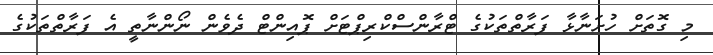
މި ގޮތަށް ހުށަނާޅާ ފަރާތްތަކުގެ ޓްރާންސްކްރިޕްޓަށް ޕޮއިންޓް ދެވެން ނޯންނާތީ އެ ފަރާތްތަކުގެ